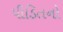
પીડિતનો